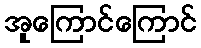
အူကြောင်ကြောင်